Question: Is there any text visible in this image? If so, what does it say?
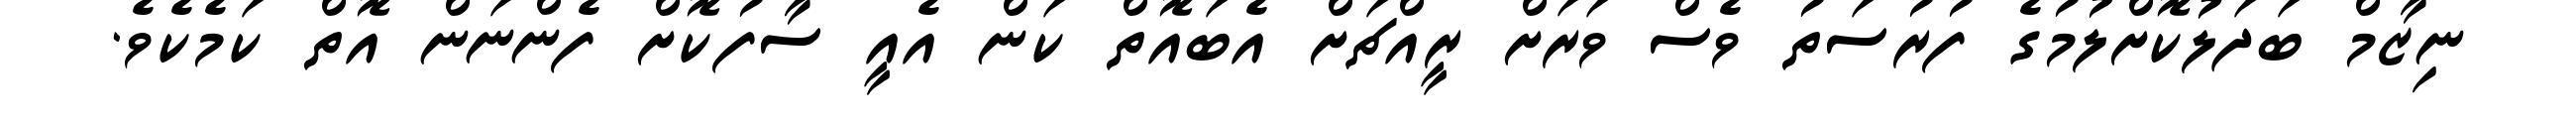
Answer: ނިޒާމް ބަދަލުކޮށްލުމުގެ ފުރުސަތު ވެސް ވަރަށް ރީއްޗަށް އެބައޮތް ކަން އެއީ ސާފުކޮށް ފެންނަން އޮތް ކަމެކެވެ.